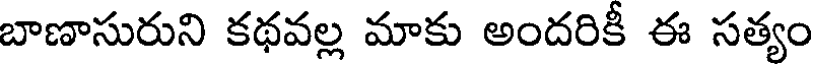
బాణాసురుని కథవల్ల మాకు అందరికీ ఈ సత్యం